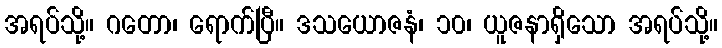
အရပ်သို့။ ဂတော၊ ရောက်ပြီ။ ဒသယောဇနံ၊ ၁၀၊ ယူဇနာရှိသော အရပ်သို့။